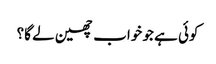
کوئی ہے جو خواب چھین لے گا؟